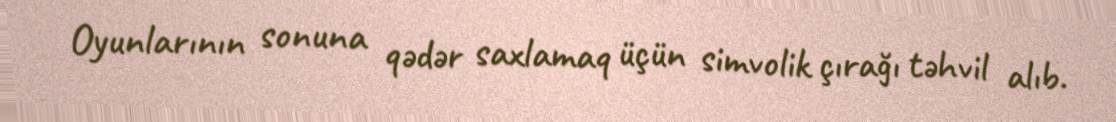
Oyunlarının sonuna qədər saxlamaq üçün simvolik çırağı təhvil alıb.